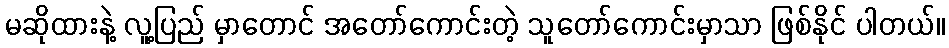
မဆိုထားနဲ့ လူ့ပြည် မှာတောင် အတော်ကောင်းတဲ့ သူတော်ကောင်းမှာသာ ဖြစ်နိုင် ပါတယ်။